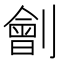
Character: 劊